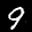
Label: 9